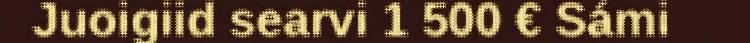
Juoigiid searvi 1 500 € Sámi